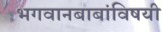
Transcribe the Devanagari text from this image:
भगवानबाबांविषयी